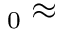
_ 0 \approx